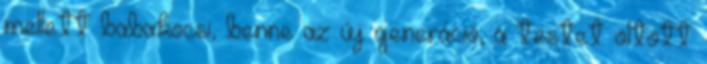
mellett babakocsi, benne az új generáció, a testet öltött